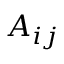
A _ { i j }